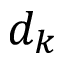
d _ { k }